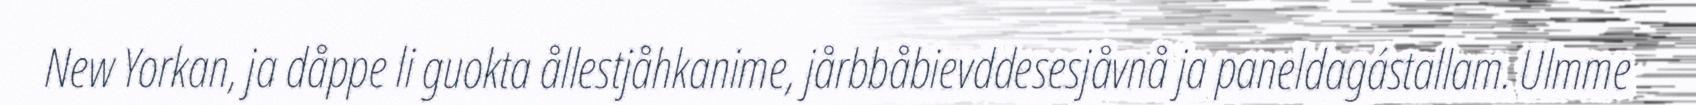
New Yorkan, ja dåppe li guokta ållestjåhkanime, jårbbåbievddesesjåvnå ja paneldagástallam. Ulmme